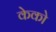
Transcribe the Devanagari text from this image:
केको